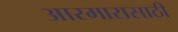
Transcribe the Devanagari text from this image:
आरमारासाठी